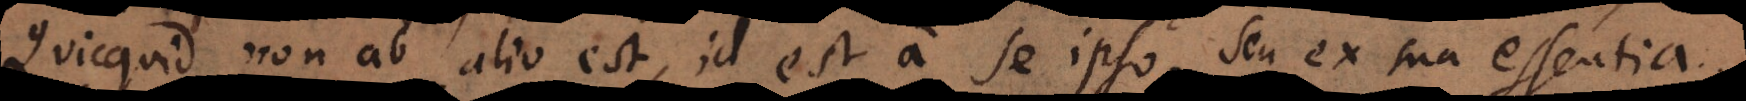
Quicquid non ab alio est, id est a se ipso, seu ex sua essentia.